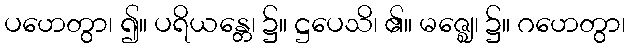
ပဟေတွာ၊ ၍။ ပရိယန္တေ၊ ၌။ ဋ္ဌပေသိ၊ ၏။ မဇ္ဈေ၊ ၌။ ဂဟေတွာ၊